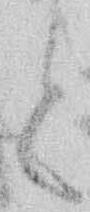
と